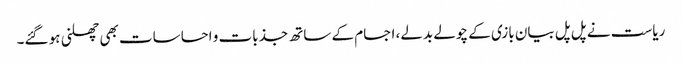
ریاست نے پل پل بیان بازی کے چولے بدلے، اجسام کے ساتھ جذبات و احساسات بھی چھلنی ہو گئے۔